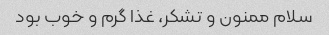
سلام ممنون و تشکر، غذا گرم و خوب بود